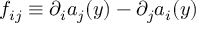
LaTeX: f _ { i j } \equiv \partial _ { i } a _ { j } ( y ) - \partial _ { j } a _ { i } ( y )